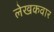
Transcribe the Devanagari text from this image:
लेखकवार